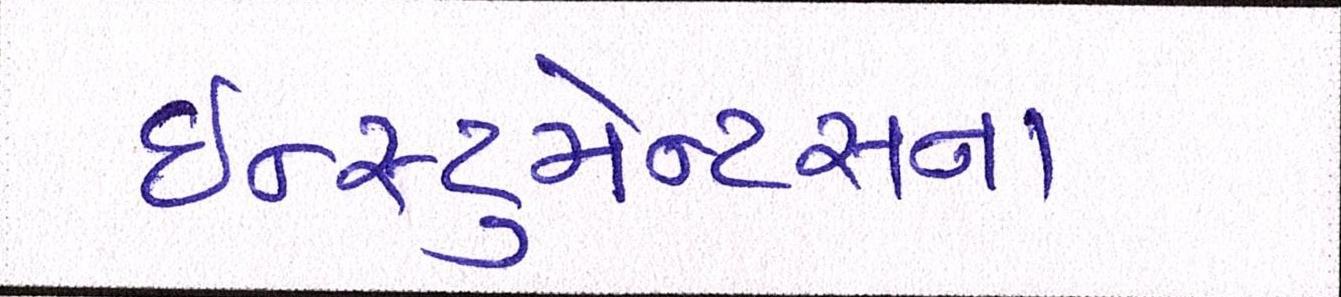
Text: ઇન્સ્ટ્રુમેન્ટસના